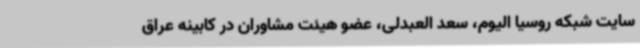
سایت شبکه روسیا الیوم، سعد العبدلی، عضو هیئت مشاوران در کابینه عراق